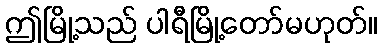
ဤမြို့သည် ပါရီမြို့တော်မဟုတ်။